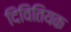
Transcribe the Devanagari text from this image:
दिवितियक